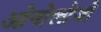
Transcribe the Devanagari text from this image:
ओनोलोजी